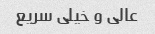
عالی و خیلی سریع